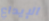
الإيداع